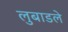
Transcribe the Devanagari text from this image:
लुबाडले